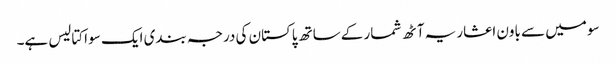
سو میں سے باون اعشاریہ آٹھ شمار کےساتھ پاکستان کی درجہ بندی ایک سو اکتالیس ہے۔